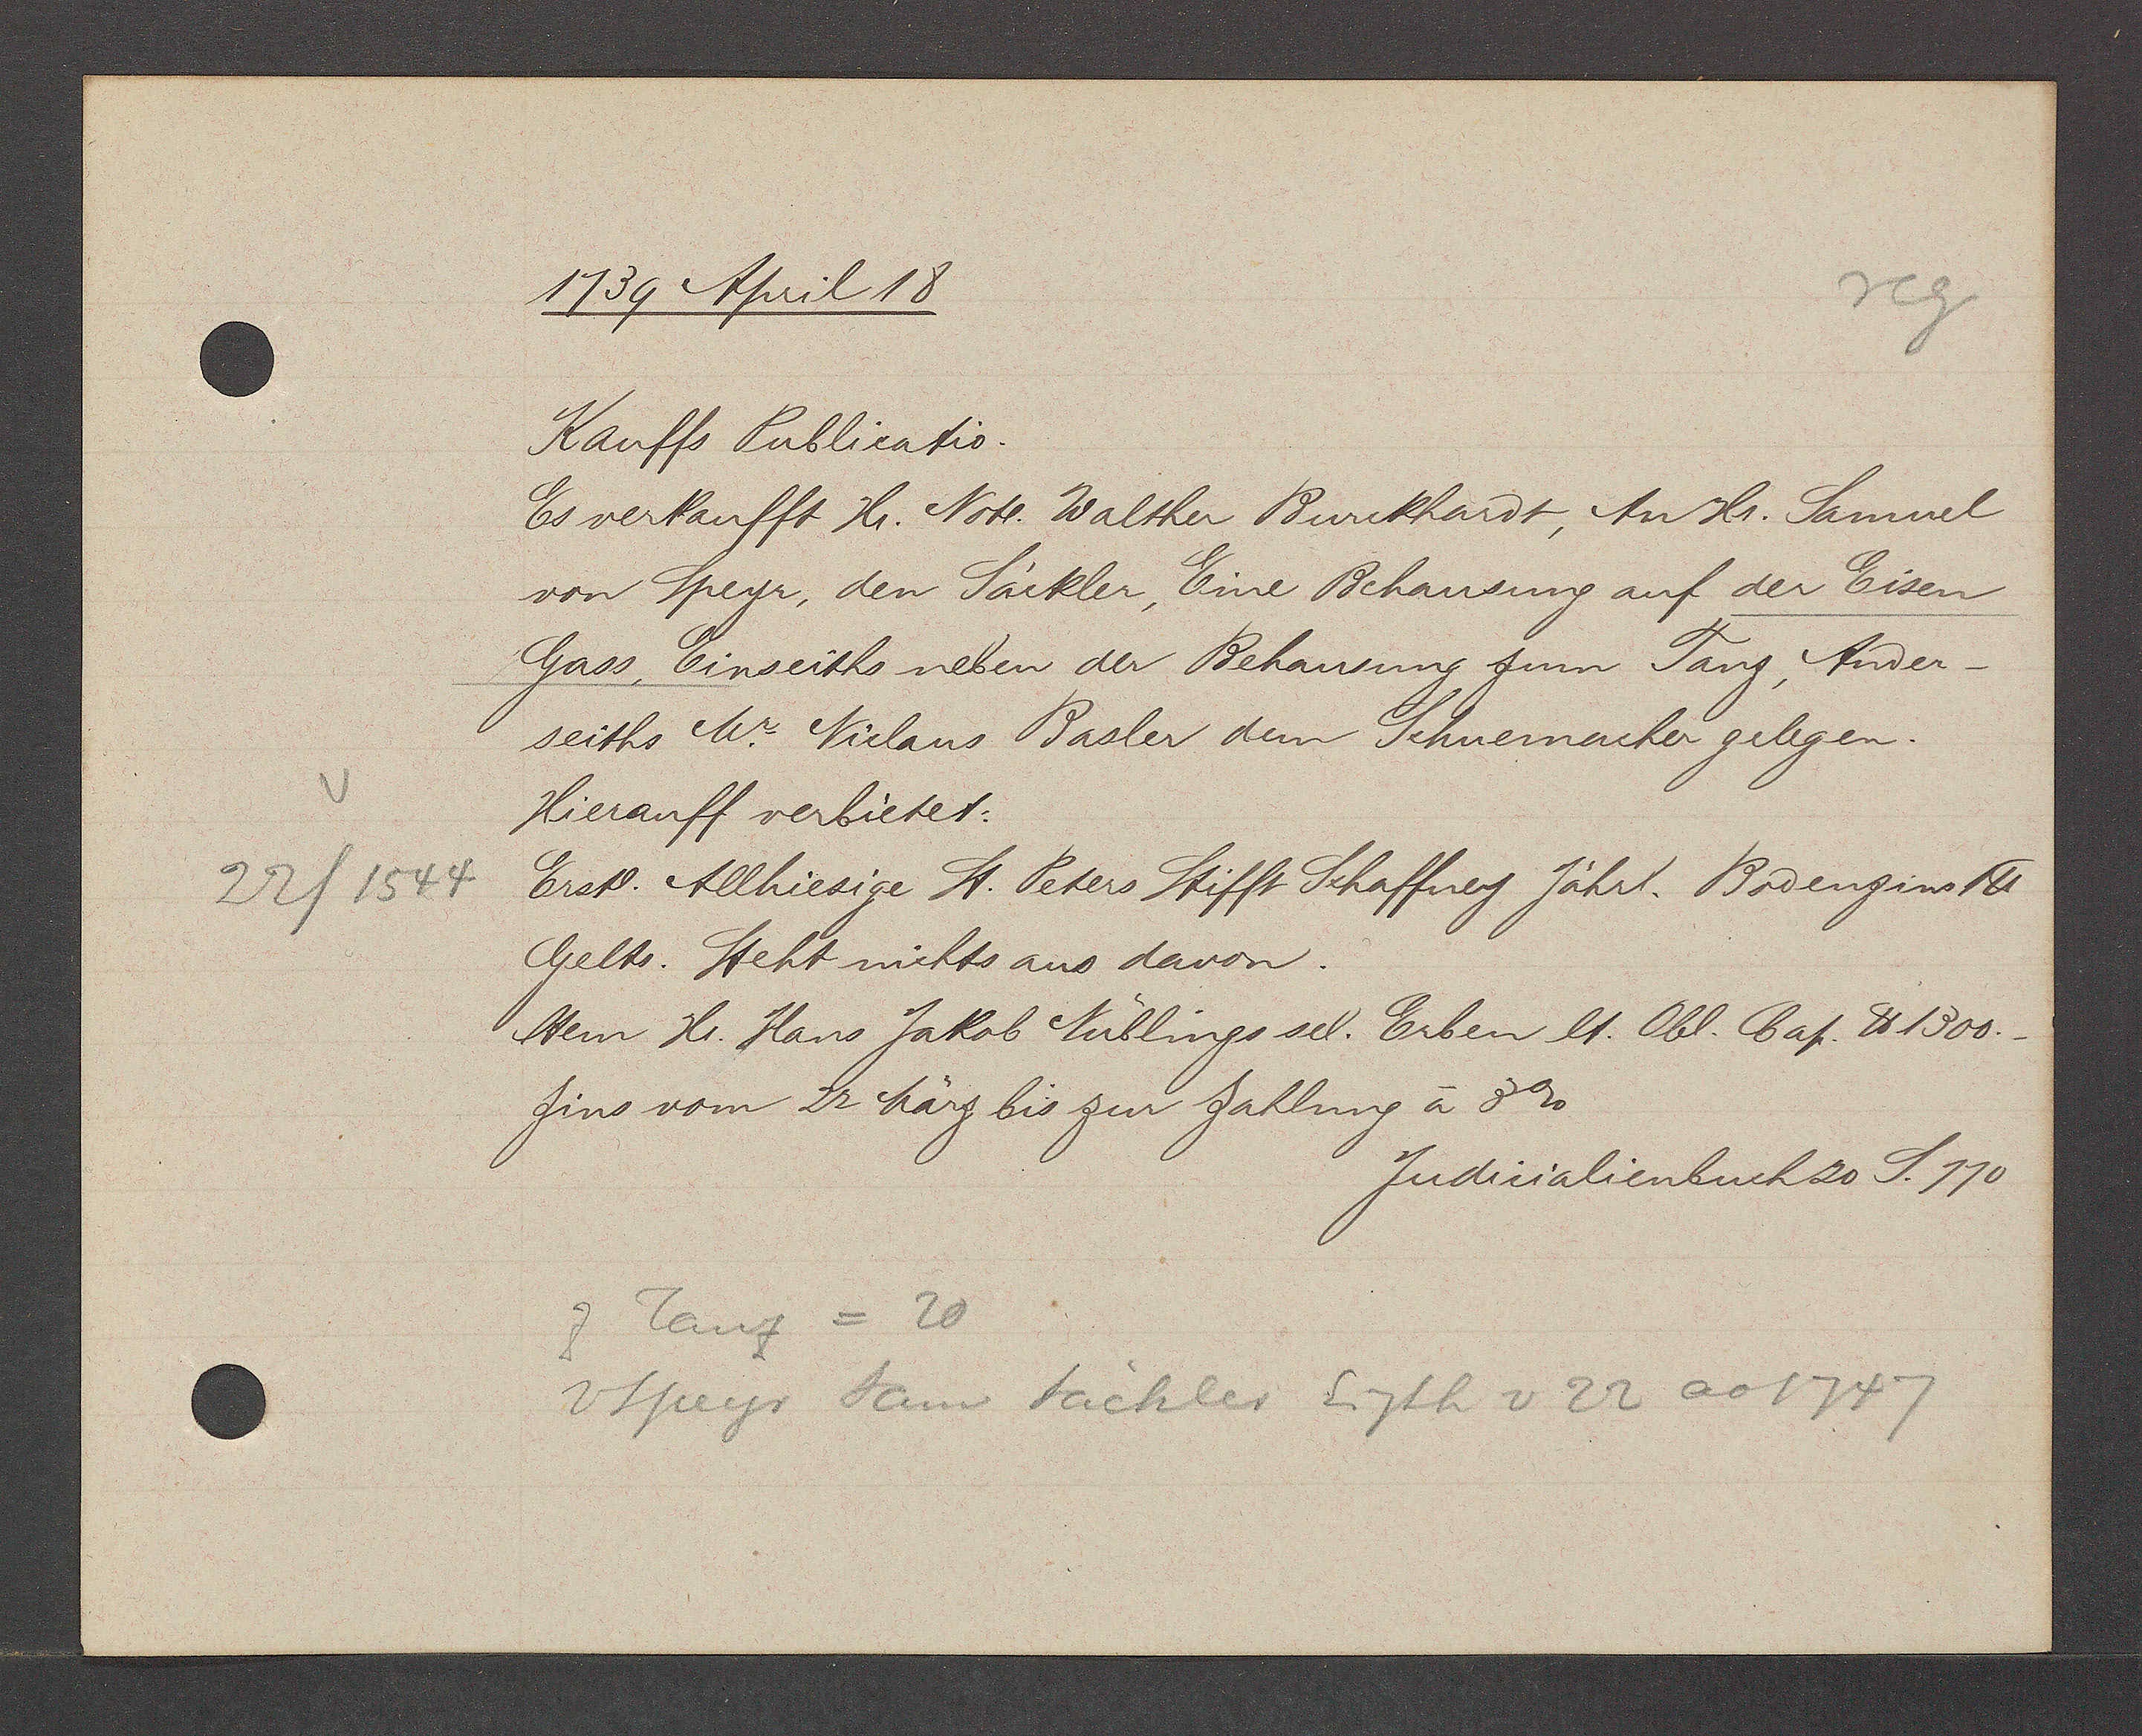
Transcript:
22/ 1544

1739 April 18
Kauffs Publicatio.
Es verkaufft Hr. Noȶ Walther Burckhardt, An Hr. Samuel
von Speyr, den Sackler, Eine Behausung auf der Eisen
Gass Einseiths neben der Behausung zum Tanz Ander-
seiths Mr. Niclaus Basler dem Schuemacher gelegen.
Hierauff verbietet.
Ersȶ. Allhiesige St. Peters Stifft Schaffnej Jährl. Bodenzins 1℔
Gelts. Steht nichts aus davon.
Item Hr. Hans Jakob Nüblings sel. Erben lt. Obl. Bat. ℔1300.
Zins vom 22 März bis zur Zahlung à 3%
Judicialienbuch20 S.110
Z Tanz = 20
v Speyr Sam Säckler Eigth v 22 ao 1747